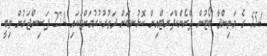
554 ގެ މަތިންދާ ބޯޓުން ފްރެންކްފަރޓްއިން ކޮޅުނބަށް ދަތުރުކުރުމަށްޓަކައި 274 ފަސިންޖަރުން ތިބީ